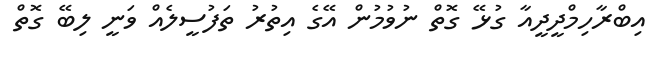
އިބްރާހިމްދީދީއާ ގުޅޭ ގޮތް ނުވުމުން އޭގެ އިތުރު ތަފުސީލެއް ވަނީ ލިބޭ ގޮތް